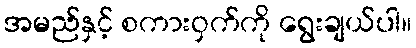
အမည်နှင့် စကားဝှက်ကို ရွေးချယ်ပါ။